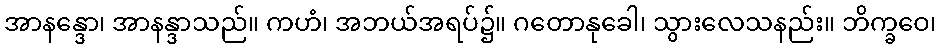
အာနန္ဒော၊ အာနန္ဒာသည်။ ကဟံ၊ အဘယ်အရပ်၌။ ဂတောနုခေါ၊ သွားလေသနည်း။ ဘိက္ခဝေ၊